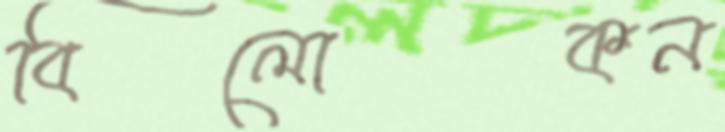
বিলোকন